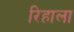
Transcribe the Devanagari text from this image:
रिहाला